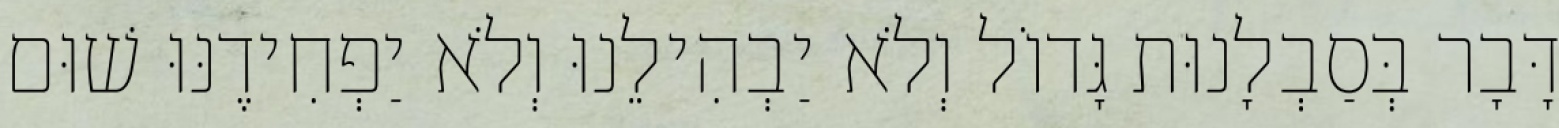
דָּבָר בְּסַבְלָנוּת גָּדוֹל וְלֹא יַבְהִילֵנוּ וְלֹא יַפְחִידֶנּוּ שׁוּם